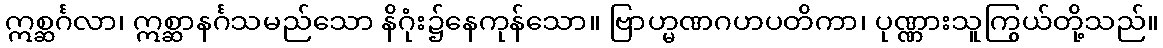
ဣစ္ဆင်္ဂလာ၊ ဣစ္ဆာနင်္ဂသမည်သော နိဂုံး၌နေကုန်သော။ ဗြာဟ္မဏဂဟပတိကာ၊ ပုဏ္ဏားသူကြွယ်တို့သည်။